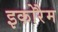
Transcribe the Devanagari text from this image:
इकोरैम